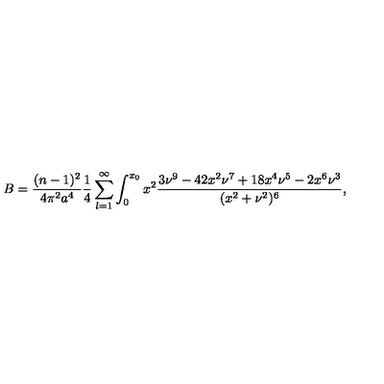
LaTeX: B = \frac { ( n - 1 ) ^ { 2 } } { 4 \pi ^ { 2 } a ^ { 4 } } \frac { 1 } { 4 } \sum _ { l = 1 } ^ { \infty } \int _ { 0 } ^ { x _ { 0 } } x ^ { 2 } \frac { 3 \nu ^ { 9 } - 4 2 x ^ { 2 } \nu ^ { 7 } + 1 8 x ^ { 4 } \nu ^ { 5 } - 2 x ^ { 6 } \nu ^ { 3 } } { ( x ^ { 2 } + \nu ^ { 2 } ) ^ { 6 } } ,